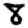
Digit: 8